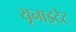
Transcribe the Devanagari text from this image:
यूनाइटेट